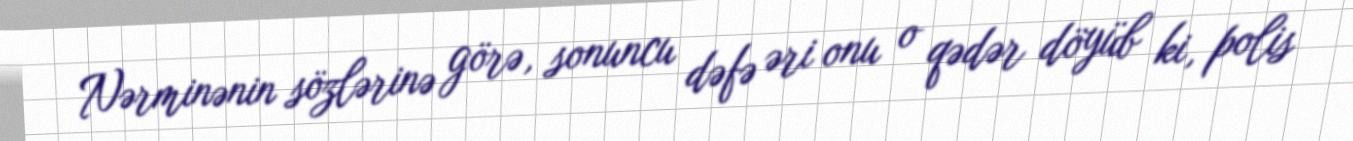
Nərminənin sözlərinə görə, sonuncu dəfə əri onu o qədər döyüb ki, polis